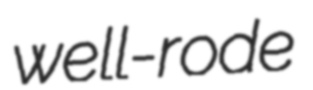
well-rode